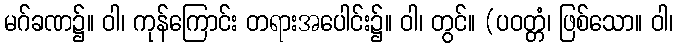
မဂ်ခဏ၌။ ဝါ၊ ကုန်ကြောင်း တရားအပေါင်း၌။ ဝါ၊ တွင်။ (ပဝတ္တံ၊ ဖြစ်သော။ ဝါ၊